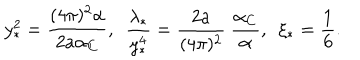
y _ { \ast } ^ { 2 } = { \frac { ( 4 \pi ) ^ { 2 } \alpha } { 2 a \alpha _ { C } } } , ~ ~ { \frac { \lambda _ { \ast } } { y _ { \ast } ^ { 4 } } } = { \frac { 2 a } { ( 4 \pi ) ^ { 2 } } } ~ { \frac { \alpha _ { C } } { \alpha } } , ~ ~ \xi _ { \ast } = { \frac { 1 } { 6 } } .